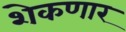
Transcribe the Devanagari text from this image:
शेकणार